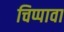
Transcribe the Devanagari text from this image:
चिप्पावा